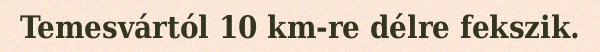
Temesvártól 10 km-re délre fekszik.